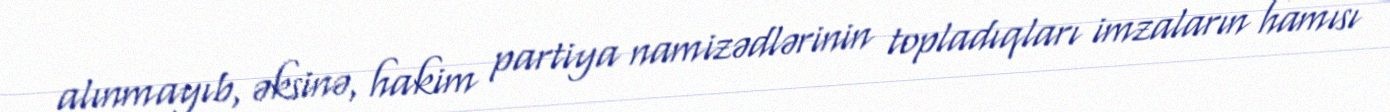
alınmayıb, əksinə, hakim partiya namizədlərinin topladıqları imzaların hamısı